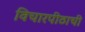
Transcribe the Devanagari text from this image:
विचारपीठाची